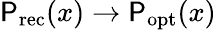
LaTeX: \mathsf{P}_{\mathrm{{rec}}}(x)\rightarrow\mathsf{P}_{\mathrm{{opt}}}(x)